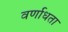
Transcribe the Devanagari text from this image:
वर्णाधता